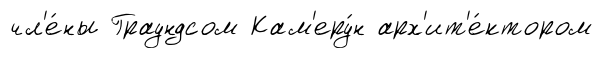
чл'е́ны Граундсом Кам'еру́н арх'ит'е́ктором